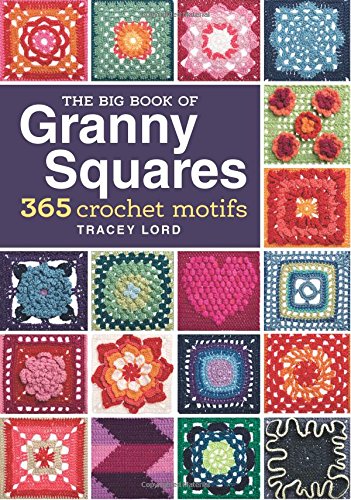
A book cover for The Big Book of Granny Squares: 365 Crochet Motifs; Tracey Lord; Crafts, Hobbies & Home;